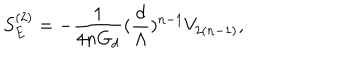
S _ { E } ^ { ( 2 ) } = - \frac { 1 } { 4 n G _ { d } } ( \frac { d } { \Lambda } ) ^ { n - 1 } V _ { 2 ( n - 1 ) } ,